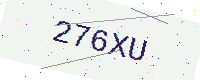
Text: 276XU